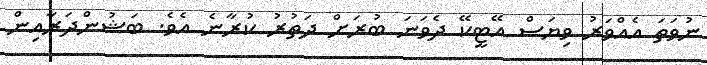
ނުވަތަ އެއްވަރު ވިޔަސް އޭޓީކޭ ދެވަނަ ބުރަށް ދަތުރު ކުރާނެ އެވެ. ބަޝުންދަރާއިން